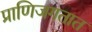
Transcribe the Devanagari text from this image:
प्राणिजगतात